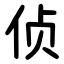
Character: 侦